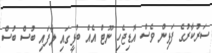
ސަރުކާރުގެ ފަޅިން ވެސް އޮޑިޖެހި ނޫޓް އެއް ބުޅީގައި ލާފައި ބުސް ބުސް